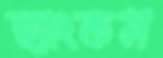
হ্যাংকস